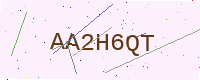
Text: AA2H6QT